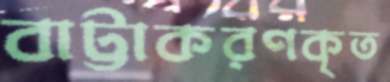
বাট্টাকরণকৃত